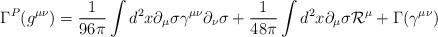
LaTeX: \begin{align*}\Gamma^P (g^{\mu\nu}) = \frac{1}{96\pi} \int d^2 x \partial_\mu \sigma \gamma^{\mu\nu} \partial_\nu \sigma + \frac{1}{48\pi} \int d^2 x \partial_\mu \sigma {\cal R}^\mu + \Gamma (\gamma^{\mu\nu})\end{align*}